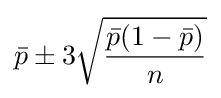
{\bar {p}}\pm 3{\sqrt {\frac {{\bar {p}}(1-{\bar {p}})}{n}}}